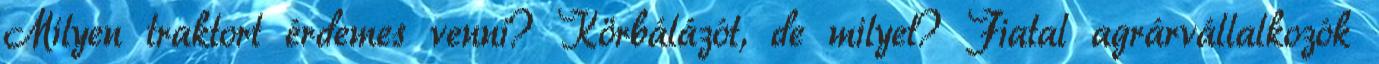
Milyen traktort érdemes venni? Körbálázót, de milyet? Fiatal agrárvállalkozók